Burma Government Medical School reports 1907-22
Year: 1907
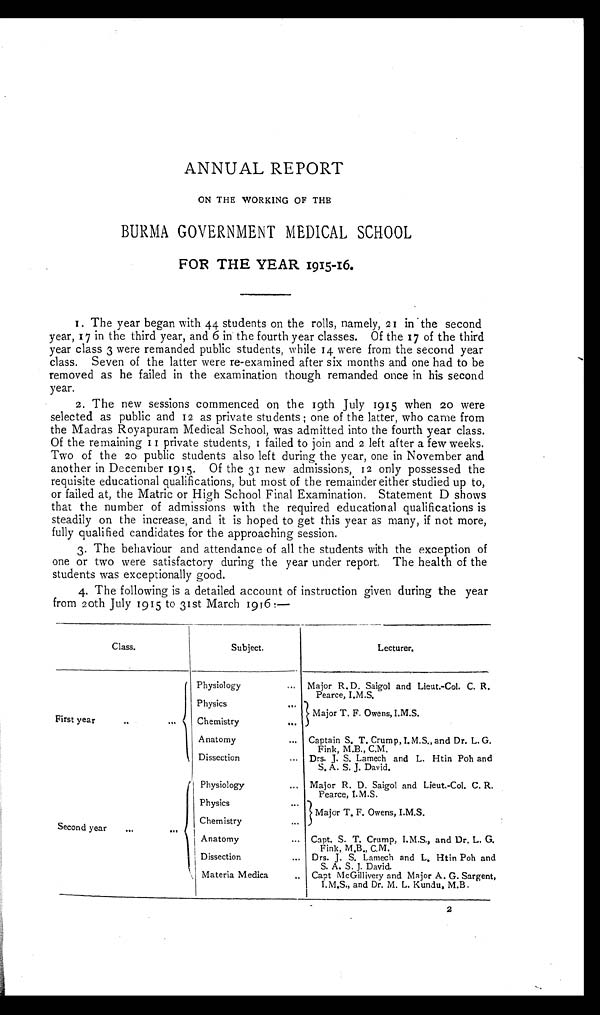
ANNUAL REPORT
ON THE WORKING OF THE
BURMA GOVERNMENT MEDICAL SCHOOL
FOR THE YEAR 1915-16.
1. The year began with 44 students on the rolls, namely, 21 in the second
year, 17 in the third year, and 6 in the fourth year classes. Of the 17 of the third
year class 3 were remanded public students, while 14 were from the second year
class. Seven of the latter were re-examined after six months and one had to be
removed as he failed in the examination though remanded once in his second
year.
2. The new sessions commenced on the 19th July 1915 when 20 were
selected as public and 12 as private students ; one of the latter, who came from
the Madras Royapuram Medical School, was admitted into the fourth year class.
Of the remaining 11 private students, 1 failed to join and 2 left after a few weeks.
Two of the 20 public students also left during the year, one in November and
another in December 1915. Of the 31 new admissions, 12 only possessed the
requisite educational qualifications, but most of the remainder either studied up to,
or failed at, the Matric or High School Final Examination. Statement D shows
that the number of admissions with the required educational qualifications is
steadily on the increase, and it is hoped to get this year as many, if not more,
fully qualified candidates for the approaching session.
3. The behaviour and attendance of all the students with the exception of
one or two were satisfactory during the year under report. The health of the
students was exceptionally good.
4. The following is a detailed account of instruction given during the year
from 20th July 1915 to 31st March 1916:—
Class.
S u b j e c t .
Lecturer.
First year
...
Physiology
... Major R. D. Saigol and Lieut.-Col. C. R.
Pearce, I.M.S.
Physics
...
M a j o r T . F . O w e n s , I . M . S .
Chemistry ...
Anatomy
... Captain S. T. Crump, I.M.S., and Dr. L. G.
Fink, M.B., C.M.
Dissection
... Drs. J. S. Lamech and L. Htin Poh and
S. A. S. J. David.
Second year ...
Physiology
... Major R. D. Saigol and Lieut.-Col. C. R.
Pearce, I.M.S.
Physics
... Major T. F. Owens, I.M.S.
Chemistry ...
Anatomy
... Capt. S. T. Crump, I.M.S., and Dr. L. G.
Fink, M.B., C.M.
Dissection
... Drs. J. S. Lamech and L. Htin Poh and
S. A. S. J. David.
Materia Medica
.. Capt McGillivery and Major A. G. Sargent,
I.M.S., and Dr. M. L. Kundu, M.B.
2